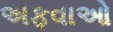
અફવાઓ